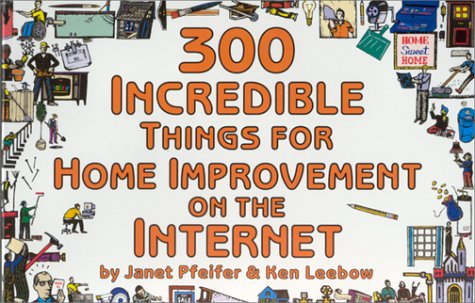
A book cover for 300 Incredible Things for Home Improvement on the Internet (Incredible Internet Book Series); Ken Leebow; Computers & Technology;